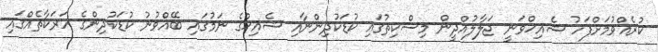
ކުރެއްވުމަށްފަހު ޝެއިޚްވަނީ ޖަލާލުއްދީން މިސްކިތުގައި ކުޑަކުދިންނާއި ޝެއިޚްގެ ނަމުގައި ބޭއްވުނު ކުޑަކުދިންގެ ހަރަކާތެއްގައި